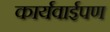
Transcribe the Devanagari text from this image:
कार्यवाईपण